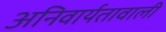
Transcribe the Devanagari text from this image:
अनिवार्यतावाली